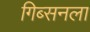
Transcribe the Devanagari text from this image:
गिब्सनला